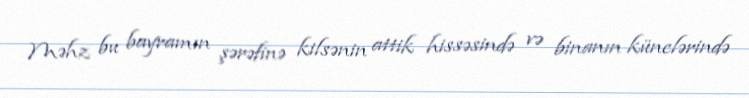
Məhz bu bayramın şərəfinə kilsənin attik hissəsində və binanın künclərində